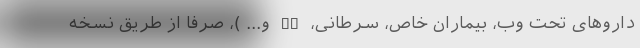
داروهای تحت وب، بیماران خاص، سرطانی، MS و... )، صرفاً از طریق نسخه